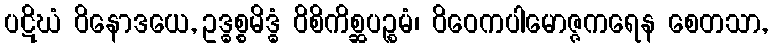
ပဋိဃံ ဝိနောဒယေ, ဥဒ္ဓစ္စမိဒ္ဓံ ဝိစိကိစ္ဆပဉ္စမံ၊ ဝိဝေကပါမောဇ္ဇကရေန စေတသာ,